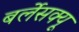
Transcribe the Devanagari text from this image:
बर्लेसक्यू